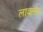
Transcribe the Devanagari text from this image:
लावलेत